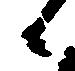
候